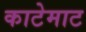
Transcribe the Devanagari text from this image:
काटेमाट